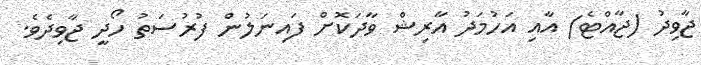
ޖާވިދު (ޖާއްޓެ) އާއި އަހުމަދު އާރިޝް ވާދަކޮށް ފައިނަލުން ފުރުސަތު ހޯދީ ޖާވިދެވެ.